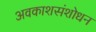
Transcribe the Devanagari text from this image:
अवकाशसंशोधन